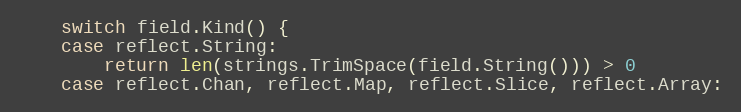
Language: Go
	switch field.Kind() {
	case reflect.String:
		return len(strings.TrimSpace(field.String())) > 0
	case reflect.Chan, reflect.Map, reflect.Slice, reflect.Array: